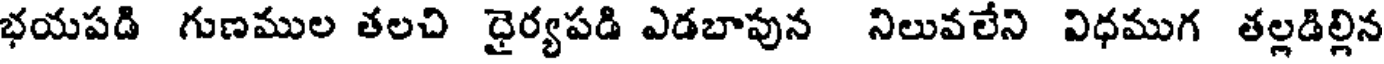
భయపడి గుణముల తలచి ధైర్యపడి ఎడబాపున నిలువలేని విధముగ తల్లడిల్లిన